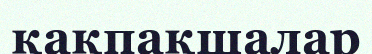
қақпақшалар